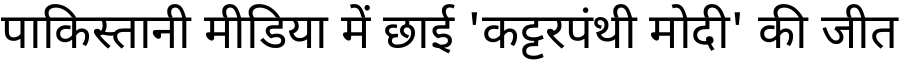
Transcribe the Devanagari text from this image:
पाकिस्तानी मीडिया में छाई 'कट्टरपंथी मोदी' की जीत